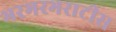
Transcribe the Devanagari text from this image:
भरभरभराटीस